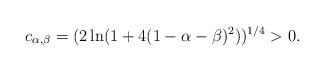
\begin{align*}c_{\alpha,\beta}=(2 \ln (1+4(1-\alpha-\beta)^2))^{1/4}>0.\end{align*}